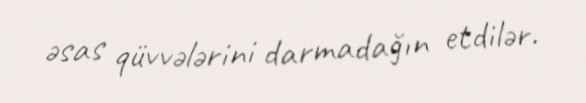
əsas qüvvələrini darmadağın etdilər.